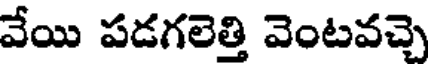
వేయి పడగలెత్తి వెంటవచ్చె